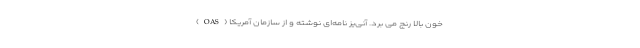
خون بالا رنج می برد. آنی‌یز نامه‌ای نوشته و از سازمان آمریکا (OAS)